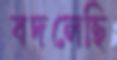
বদলেছি